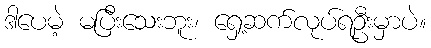
ဒါပေမဲ့ မပြီးသေးဘူး၊ ရှေ့ဆက်လုပ်ရဦးမှာပဲ။